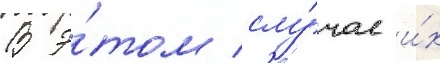
В э́том слу́чае и́х